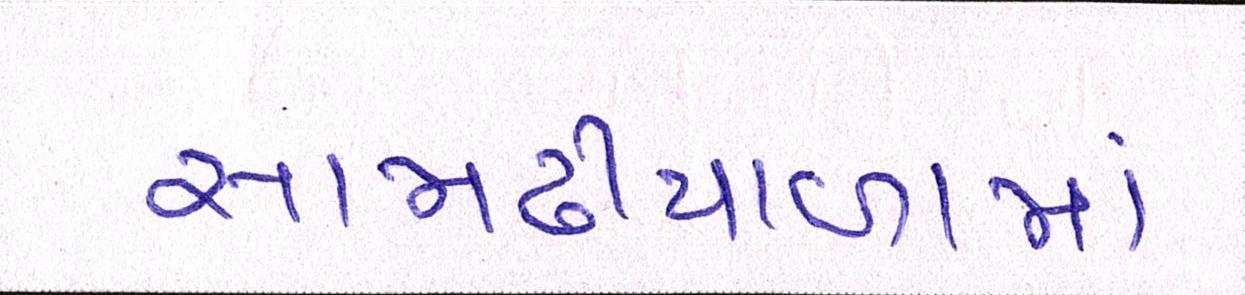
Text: સામઢીયાળામાં